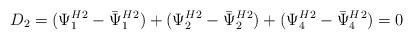
LaTeX: \begin{align*}D_2=({\Psi^H_1}{}^2 - {\bar{\Psi}^H_1}{}^2) +({\Psi^H_2}{}^2 - {\bar{\Psi}^H_2}{}^2)+({\Psi^H_4}{}^2 - {\bar{\Psi}^H_4}{}^2)=0\end{align*}